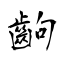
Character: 齣